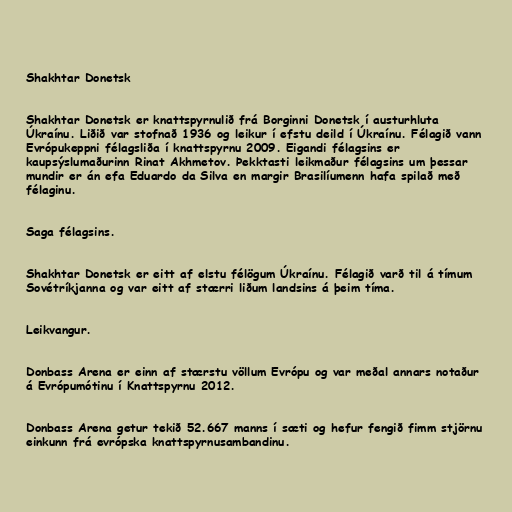
Shakhtar Donetsk

Shakhtar Donetsk er knattspyrnulið frá Borginni Donetsk í austurhluta
Úkraínu. Liðið var stofnað 1936 og leikur í efstu deild í Úkraínu. Félagið vann
Evrópukeppni félagsliða í knattspyrnu 2009. Eigandi félagsins er
kaupsýslumaðurinn Rinat Akhmetov. Þekktasti leikmaður félagsins um þessar
mundir er án efa Eduardo da Silva en margir Brasilíumenn hafa spilað með
félaginu.

Saga félagsins.

Shakhtar Donetsk er eitt af elstu félögum Úkraínu. Félagið varð til á tímum
Sovétríkjanna og var eitt af stærri liðum landsins á þeim tíma.

Leikvangur.

Donbass Arena er einn af stærstu völlum Evrópu og var meðal annars notaður
á Evrópumótinu í Knattspyrnu 2012.

Donbass Arena getur tekið 52.667 manns í sæti og hefur fengið fimm stjörnu
einkunn frá evrópska knattspyrnusambandinu.